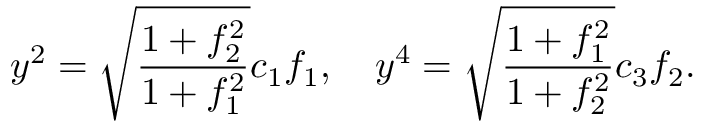
y ^ { 2 } = \sqrt { \frac { 1 + f _ { 2 } ^ { 2 } } { 1 + f _ { 1 } ^ { 2 } } } c _ { 1 } f _ { 1 } , \quad y ^ { 4 } = \sqrt { \frac { 1 + f _ { 1 } ^ { 2 } } { 1 + f _ { 2 } ^ { 2 } } } c _ { 3 } f _ { 2 } .